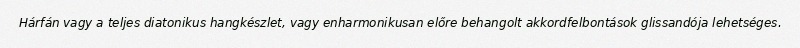
Hárfán vagy a teljes diatonikus hangkészlet, vagy enharmonikusan előre behangolt akkordfelbontások glissandója lehetséges.